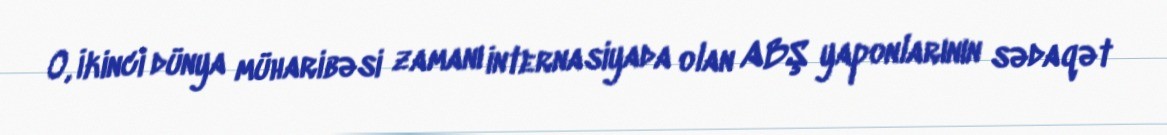
O, İkinci dünya müharibəsi zamanı internasiyada olan ABŞ yaponlarının sədaqət